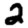
Digit: 2